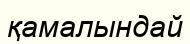
қамалындай